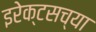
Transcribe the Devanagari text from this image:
इरेक्टसच्या